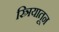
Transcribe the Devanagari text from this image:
स्त्रियातून